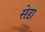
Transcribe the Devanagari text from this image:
सेड़ा